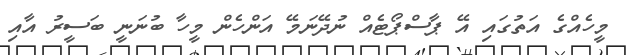
މީހެއްގެ އަތުގައި އޭ ޕާސްޕޯޓެއް ނުދޭނަމޭ އަންހެން މީހާ ބުނަނީ ބަސީރު އާއި